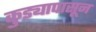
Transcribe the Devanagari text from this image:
कुड्यापासून